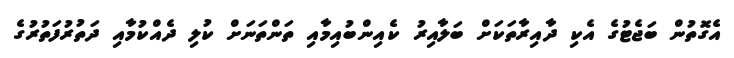
އެގޮތުން ބަޖެޓުގެ އެކި ދާއިރާތަކަށް ބަލާއިރު ކެއިންބުއިމާއި ތަންތަނަށް ކުލި ދެއްކުމާއި ދަތުރުފަތުރުގެ